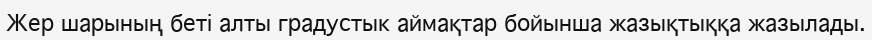
Жер шарының беті алты градустык аймақтар бойынша жазықтыққа жазылады.